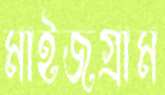
মাইজগ্রাম